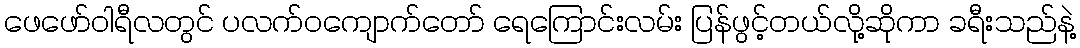
ဖေဖော်ဝါရီလတွင် ပလက်ဝကျောက်တော် ရေကြောင်းလမ်း ပြန်ဖွင့်တယ်လို့ဆိုကာ ခရီးသည်နဲ့